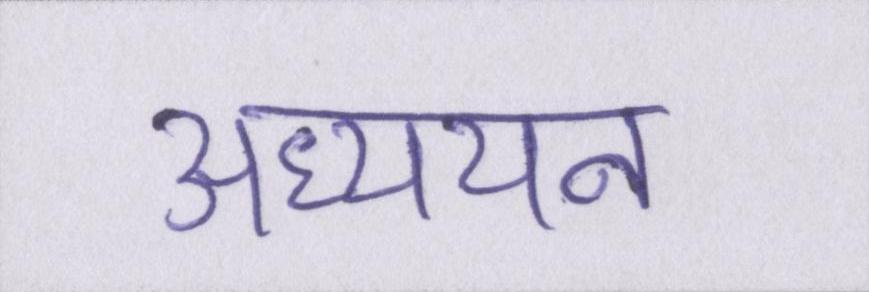
अध्ययन